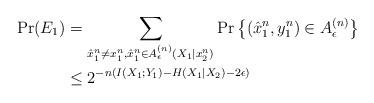
LaTeX: \begin{align*}\textrm{Pr} (E_1) &= \sum_{ \hat{x}_1^n \neq x_1^n, \hat{x}_1^n \in A_{\epsilon}^{(n)} (X_1|x_2^n) } \textrm{Pr} \left \{ (\hat{x}_1^n, y_1^n) \in A_{\epsilon}^{(n)} \right \} \\&\leq 2^{-n ( I(X_1; Y_1) -H(X_1|X_2) - 2 \epsilon) }\end{align*}